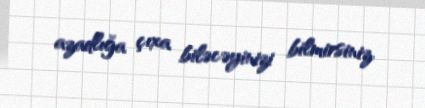
azadlığa çıxa biləcəyinizi bilmirsiniz.